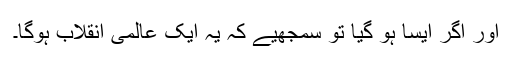
اور اگر ایسا ہو گیا تو سمجھیے کہ یہ ایک عالمی انقلاب ہوگا۔